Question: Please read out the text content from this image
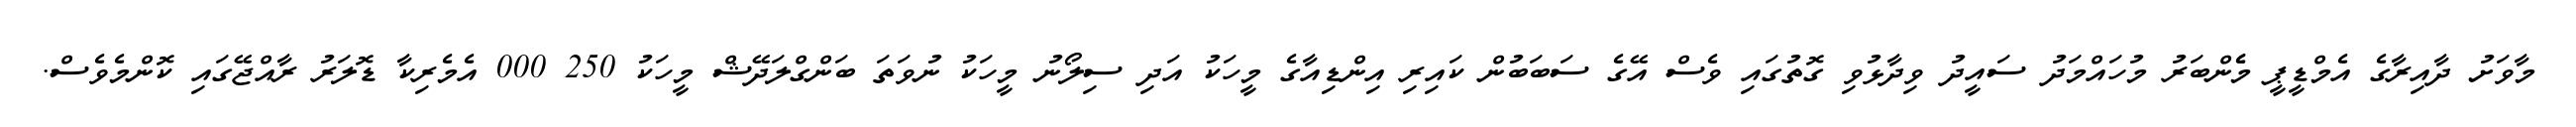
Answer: މާވަށު ދާއިރާގެ އެމްޑީޕީ މެެންބަރު މުހައްމަދު ސައީދު ވިދާޅުވި ގޮތުގައި ވެސް އޭގެ ސަބަބުން ކައިރި އިންޑިއާގެ މީހަކު އަދި ސިލޯނު މީހަކު ނުވަތަ ބަންގްލަދޭޝް މީހަކު 250 000 އެމެރިކާ ޑޮލަރު ރާއްޖޭގައި ކޮންމެވެސް.